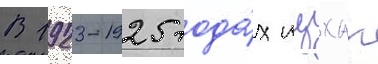
В 1923-1925 года́х ицхак